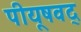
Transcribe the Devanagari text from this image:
पीयूषवद्